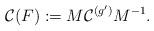
LaTeX: \begin{align*}\mathcal{C}(F):=M\mathcal{C}^{(g')}M^{-1}.\end{align*}